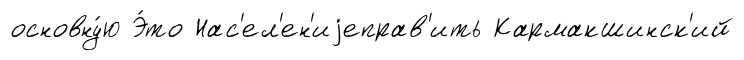
основну́ю Э́то Нас'ел'ен'иjеправ'ить Кармакшинск'ий